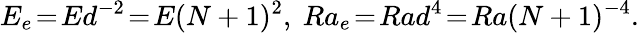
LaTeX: E_{e}\! =\! Ed^{-2}\! =\! E(N+1)^{2},\ Ra_{e}\! =\! Rad^{4}\! =\! Ra(N+1)^{-4}.